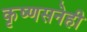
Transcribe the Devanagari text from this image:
कृष्णसनेही